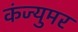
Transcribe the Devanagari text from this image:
कंज्युमर